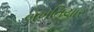
બખતિયાર